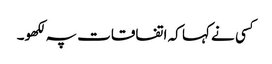
کسی نے کہا کہ اتفاقات پہ لکھو۔